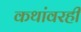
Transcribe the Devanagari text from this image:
कथांवरही